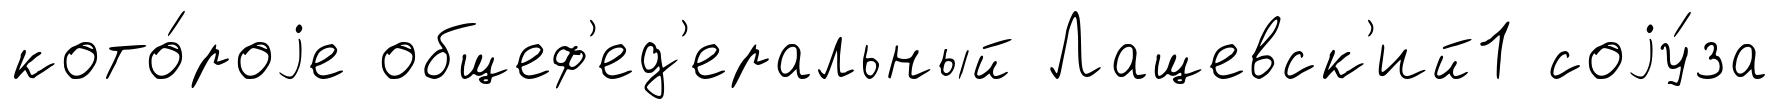
кото́роjе общеф'ед'еральный Лащевск'ий1 соjу́за